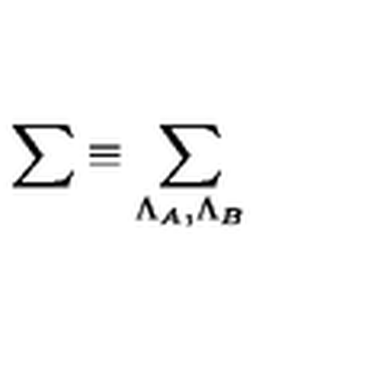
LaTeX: \sum \equiv \sum _ { \Lambda _ { A } , \Lambda _ { B } }